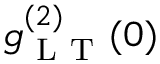
g _ { \mathrm { ~ L ~ T ~ } } ^ { ( 2 ) } ( 0 )